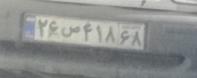
۲۶س۴۱۸۶۸